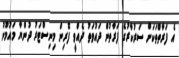
އެ ފަރާތްތަކަށް ސަރުކާރުގެ ފަރާތުން ދައުވަތު ދެއްވީ ފޮރިން މިނިސްޓަރު ދުންޔާ މައުމޫނު